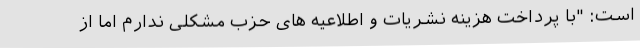
است: "با پرداخت هزینه نشریات و اطلاعیه های حزب مشکلی ندارم اما از